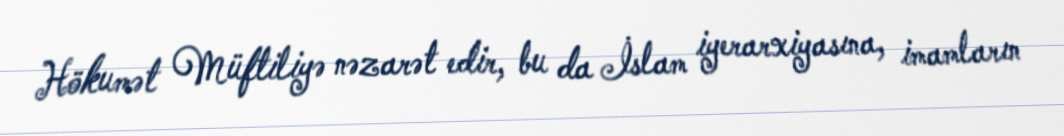
Hökumət Müftiliyə nəzarət edir, bu da İslam iyerarxiyasına, imamların